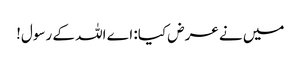
میں نے عرض کیا: اے اللہ کے رسول!